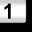
Digit: 1